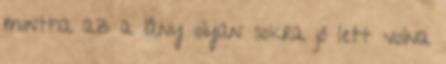
mintha az a lány olyan sokra jó lett volna